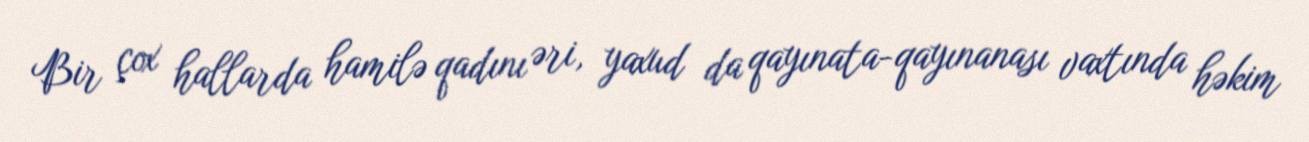
Bir çox hallarda hamilə qadını əri, yaxud da qayınata-qayınanası vaxtında həkim